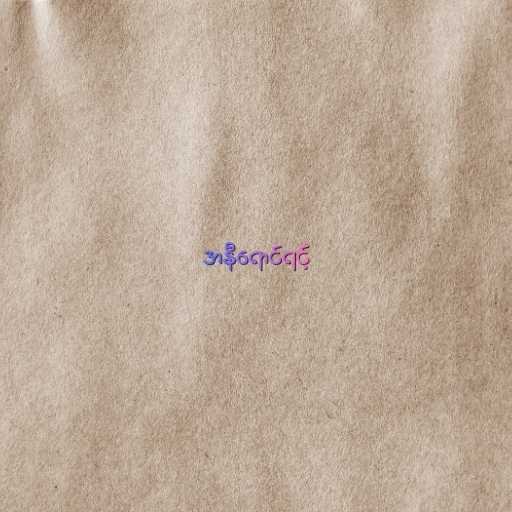
အနီရောင်ရင့်